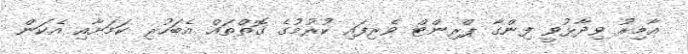
އާމިރު ވިދާޅުވީ ފިންގާ ޕްރިންޓް ވެރިފައި ކުރުމުގެ ގޮތްތައް އެބަހުރި ކަމަށާއި އެކަން